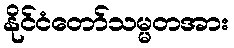
နိုင်ငံတော်သမ္မတအား